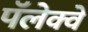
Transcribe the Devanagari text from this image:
पॅलेक्वे